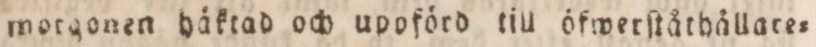
morgonen häktad och upoförd till öfwerſtåthållate=